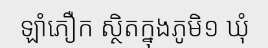
ឡាំភឿក ស្ថិតក្នុងភូមិ១ ឃុំ